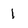
Character: 1